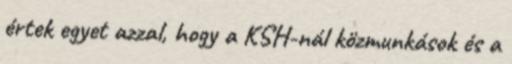
értek egyet azzal, hogy a KSH-nál közmunkások és a